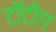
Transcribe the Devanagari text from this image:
टॉटोग